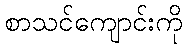
စာသင်ကျောင်းကို